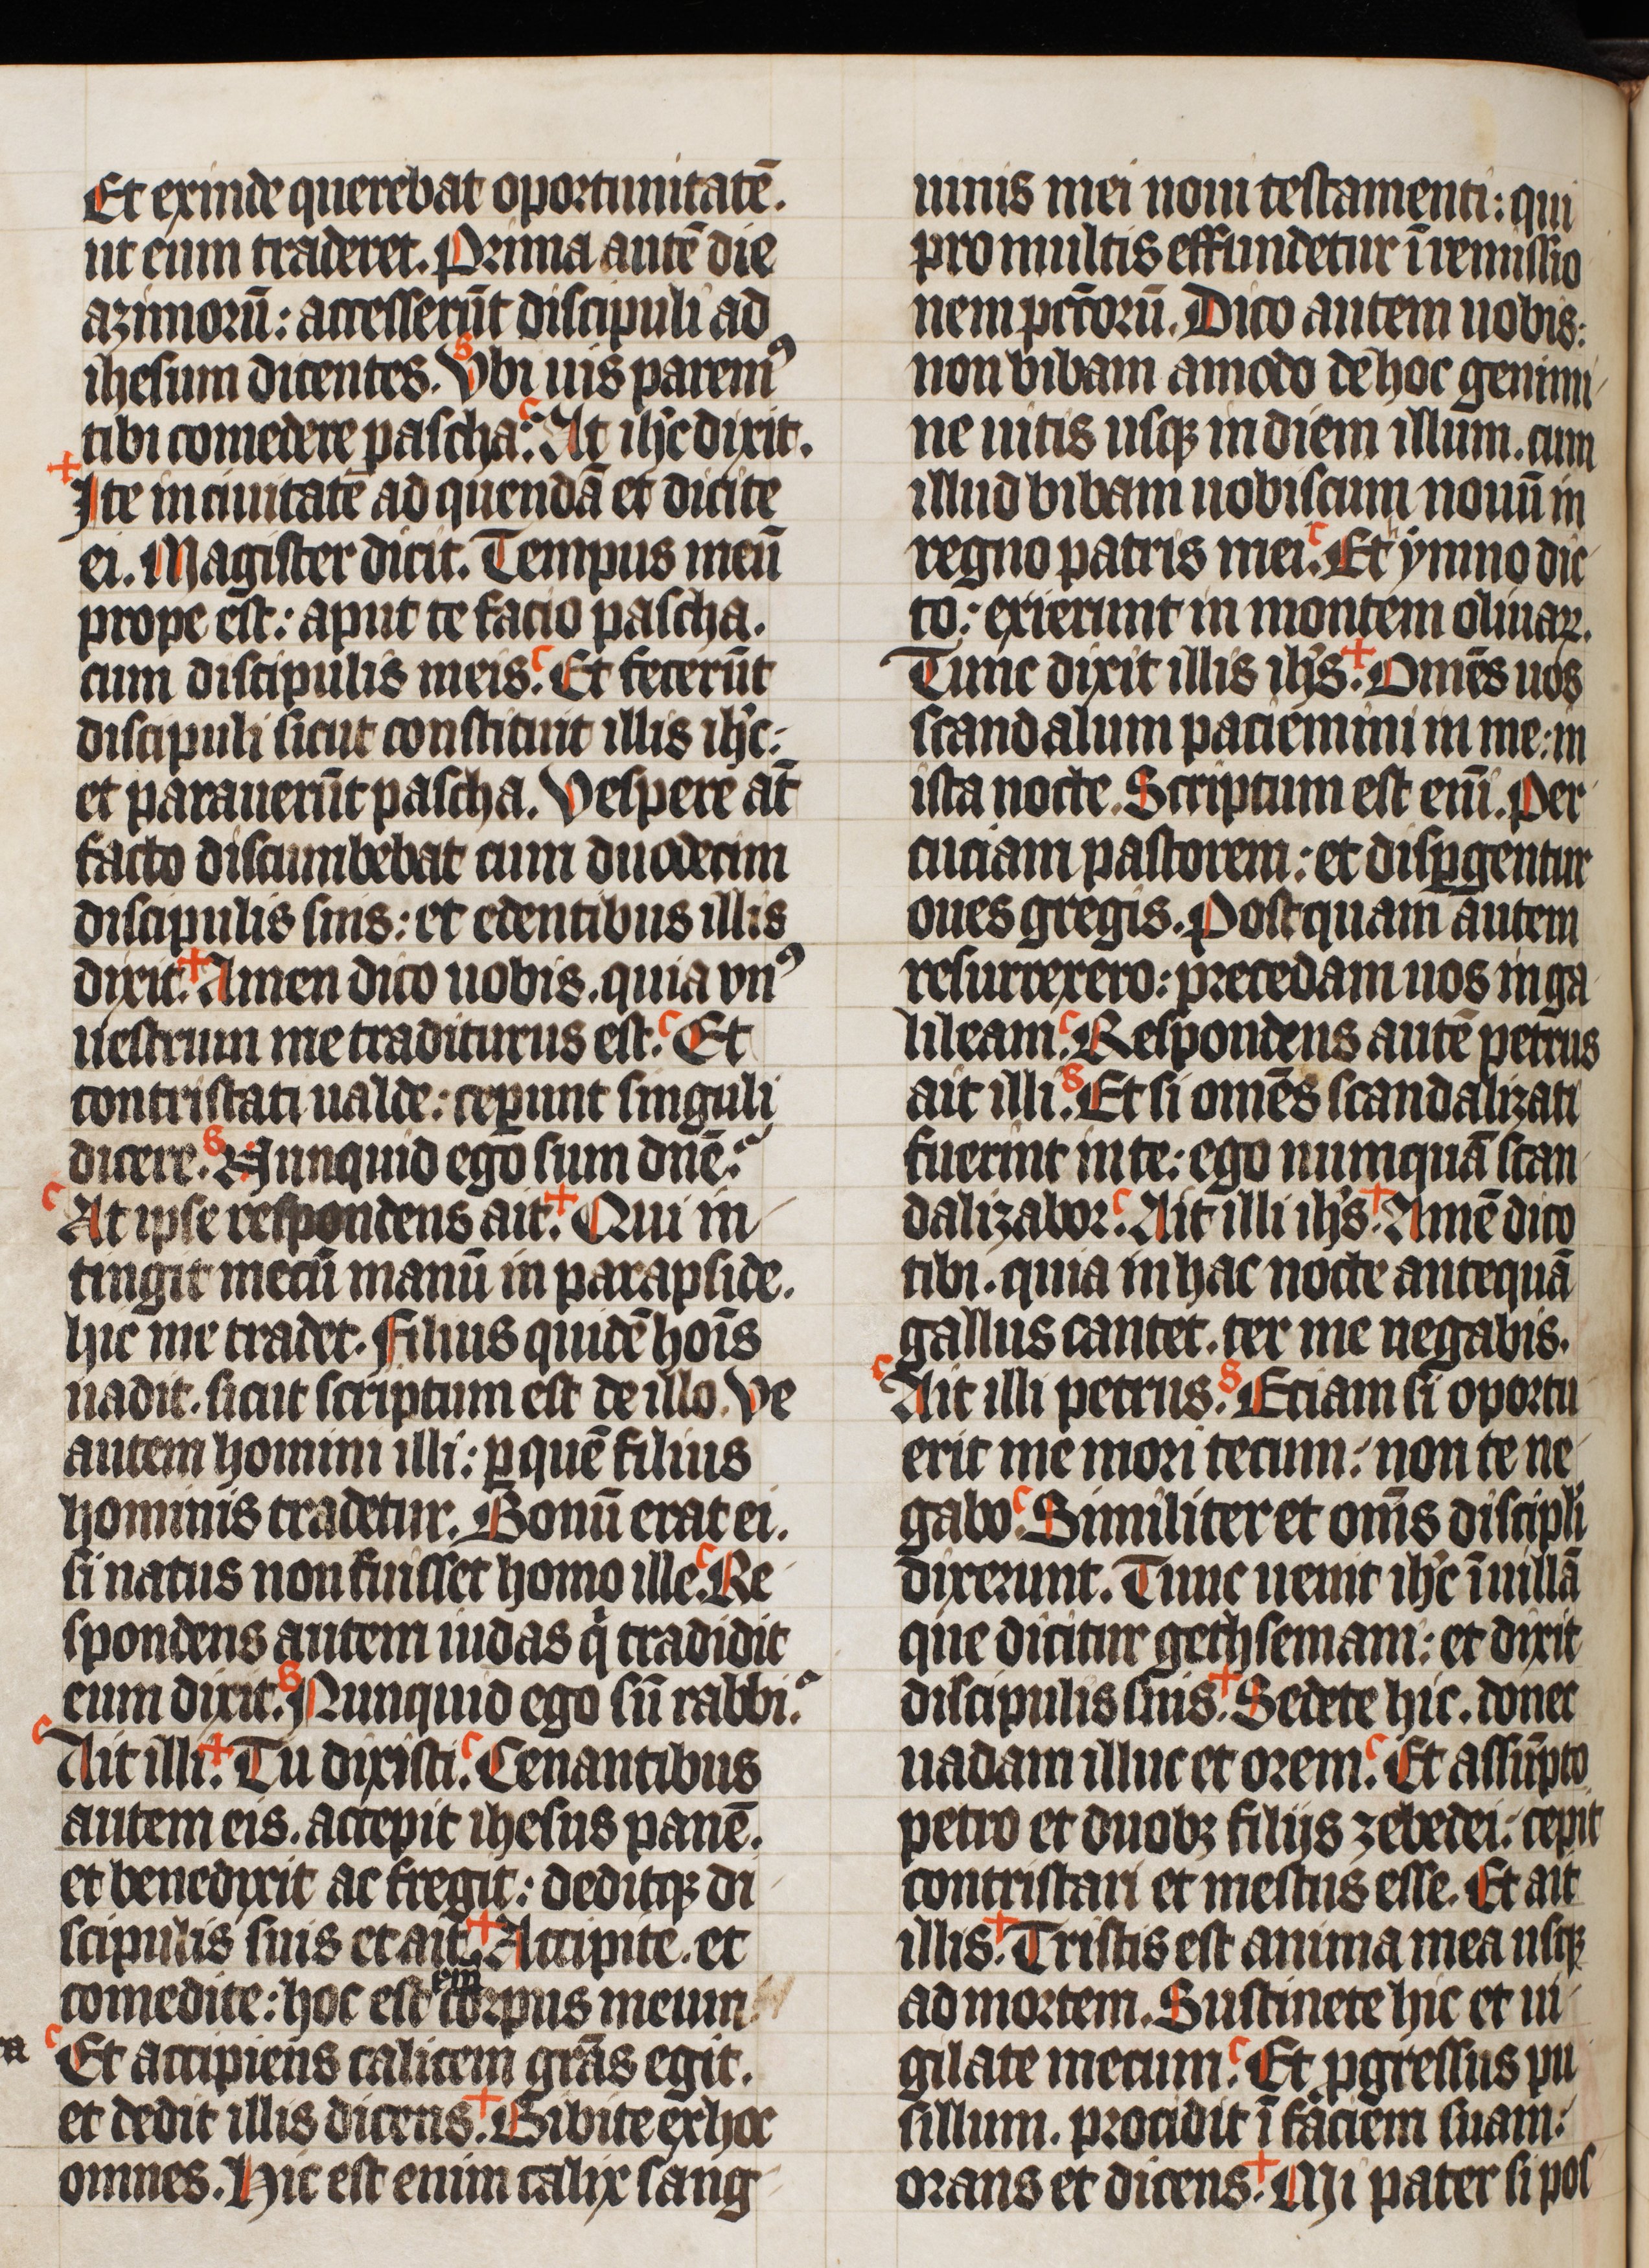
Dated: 1420–1429